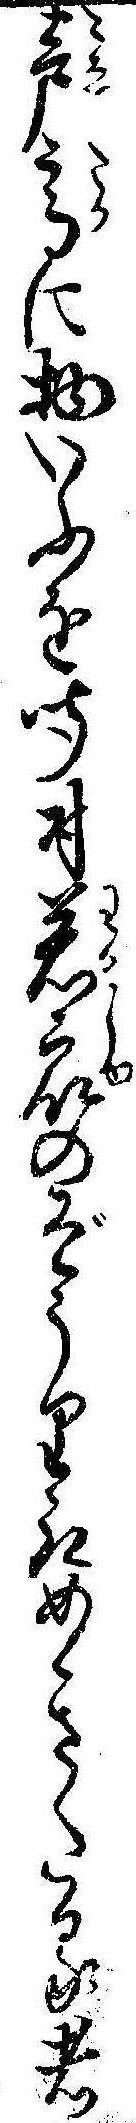
声高に物いふを聞付若衆のぞうり取めきたる者